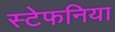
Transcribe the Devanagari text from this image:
स्टेफनिया